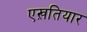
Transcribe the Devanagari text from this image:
एख़तियार